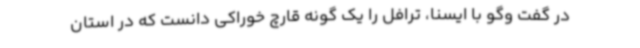
در گفت وگو با ایسنا، ترافل را یک گونه قارچ خوراکی دانست که در استان